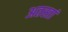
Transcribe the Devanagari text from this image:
अतस्तां